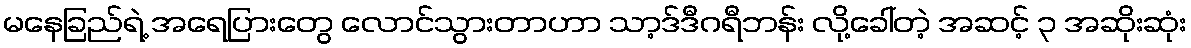
မနေခြည်ရဲ့ အရေပြားတွေ လောင်သွားတာဟာ သာ့ဒ်ဒီဂရီဘန်း လို့ခေါ်တဲ့ အဆင့် ၃ အဆိုးဆုံး